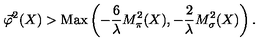
\vec { \varphi } ^ { 2 } ( X ) > \mathrm { M a x } \left( - \frac { 6 } { \lambda } M _ { \pi } ^ { 2 } ( X ) , - \frac { 2 } { \lambda } M _ { \sigma } ^ { 2 } ( X ) \right) .